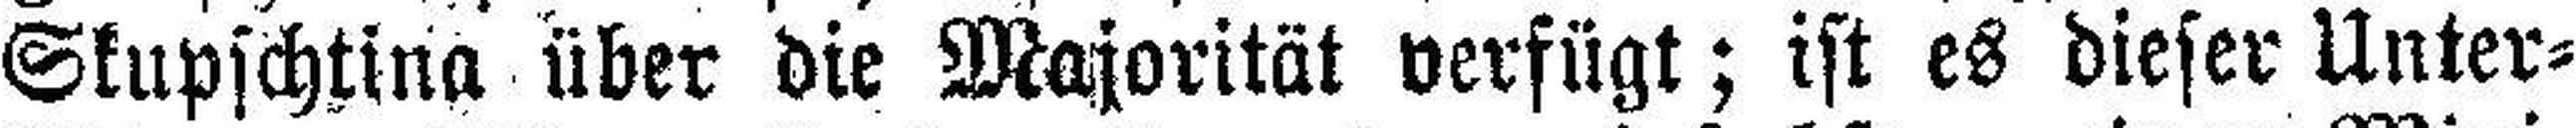
Skupschtina über die Majorität verfügt; ist es dieser Unter¬